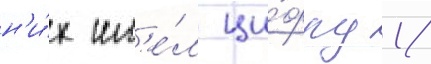
н'и́х им'е́л ци́фру 1